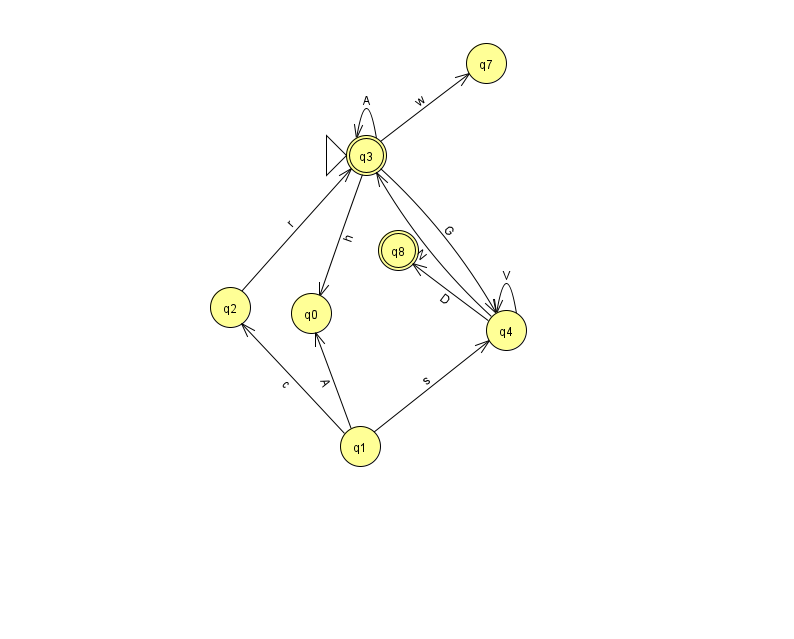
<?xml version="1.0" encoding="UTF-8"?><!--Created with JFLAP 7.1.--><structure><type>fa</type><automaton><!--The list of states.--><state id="0" name="q0"><x>311.0</x><y>300.0</y></state><state id="1" name="q1"><x>360.0</x><y>433.0</y></state><state id="2" name="q2"><x>230.0</x><y>294.0</y></state><state id="3" name="q3"><x>366.0</x><y>142.0</y><initial/><final/></state><state id="4" name="q4"><x>506.0</x><y>317.0</y></state><state id="7" name="q7"><x>486.0</x><y>50.0</y></state><state id="8" name="q8"><x>398.0</x><y>237.0</y><final/></state><!--The list of transitions.--><transition><from>1</from><to>0</to><read>A</read></transition><transition><from>3</from><to>3</to><read>A</read></transition><transition><from>4</from><to>3</to><read>N</read></transition><transition><from>3</from><to>7</to><read>w</read></transition><transition><from>4</from><to>4</to><read>V</read></transition><transition><from>4</from><to>8</to><read>D</read></transition><transition><from>3</from><to>4</to><read>G</read></transition><transition><from>1</from><to>2</to><read>c</read></transition><transition><from>1</from><to>4</to><read>s</read></transition><transition><from>3</from><to>0</to><read>h</read></transition><transition><from>2</from><to>3</to><read>r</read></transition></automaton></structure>